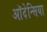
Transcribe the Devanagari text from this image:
ऑदेन्सिया